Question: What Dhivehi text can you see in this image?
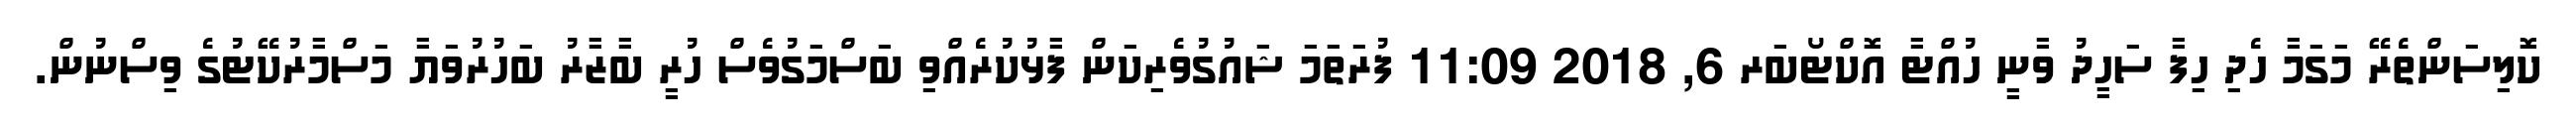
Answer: ކޮލިސަންތެރޭ މަގަމާ ހެދި ހިފާ ސަހީދު ވާނީ ހުއްޓާ އޮކްޓޯބަރ 6, 2018 11:09 ފުރަތަމަ ޝައުގުވެރިކަން ފާޅުކުރެއްވި ބަސްމަގުވެސް ހުރީ ބާޒާރު ބަހުރުވަޔާ މަސްމާރުކޭޓުގެ ވިސްނުން.